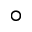
^ { \circ }